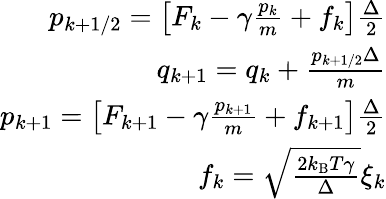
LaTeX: \begin{array}{r}{p_{k+1/2}=\left[F_{k}-\gamma\frac{p_{k}}{m}+f_{k}\right]\frac{\Delta}{2}}\\ {q_{k+1}=q_{k}+\frac{p_{k+1/2}\Delta}{m}}\\ {p_{k+1}=\left[F_{k+1}-\gamma\frac{p_{k+1}}{m}+f_{k+1}\right]\frac{\Delta}{2}}\\ {f_{k}=\sqrt{\frac{2k_{\mathrm{B}}T\gamma}{\Delta}}\xi_{k}}\end{array}